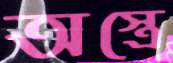
অস্ত্রে